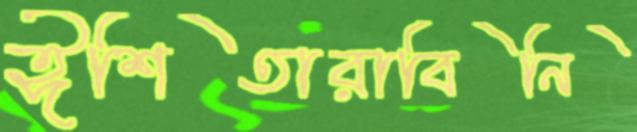
ঈশিতারাবিনি